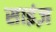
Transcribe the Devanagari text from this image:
साइंज़